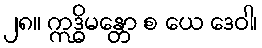
၂၈။ ဣဒ္ဓိမန္တော စ ယေ ဒေဝါ၊